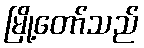
မြို့တော်သည်